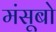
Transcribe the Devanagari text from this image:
मंसूबो